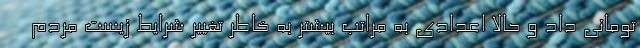
تومانی داد و حالا اعدادی به مراتب بیشتر به خاطر تغییر شرایط زیست مردم